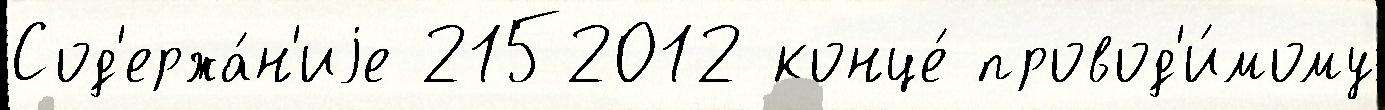
Сод'ержа́н'иjе 2152012 конце́ провод'и́мому